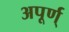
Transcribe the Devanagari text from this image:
अपूर्ण्